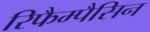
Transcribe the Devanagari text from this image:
रिफैम्पैसिन